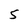
Character: 5